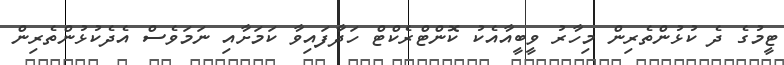
ޓީމުގެ ދެ ކުޅުންތެރިން މިހާރު ވީބީއާއެކު ކޮންޓްރެކްޓް ހަދާފައިވާ ކަމަށާއި ނަމަވެސް އެދެކުޅުންތެރިން